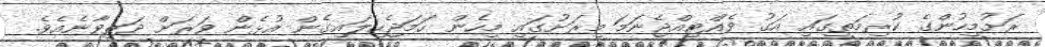
ރަށުމީހުންގެ ކުރިމަތީގައި އަގު ވެއްޓިއްޖެނަމަ މިރަށުގައި މިހެން ހަމަޖެހިލައިގެން އުޅެން ވަރަށް ދަތިވާނެއެވެ.